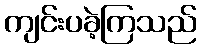
ကျင်းပခဲ့ကြသည်